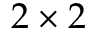
2 \times 2